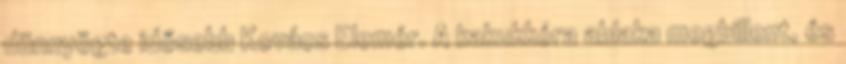
dünnyögte idősebb Kovács Elemér. A kakukkóra ablaka megbillent, és